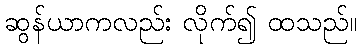
ဆွန်ယာကလည်း လိုက်၍ ထသည်။